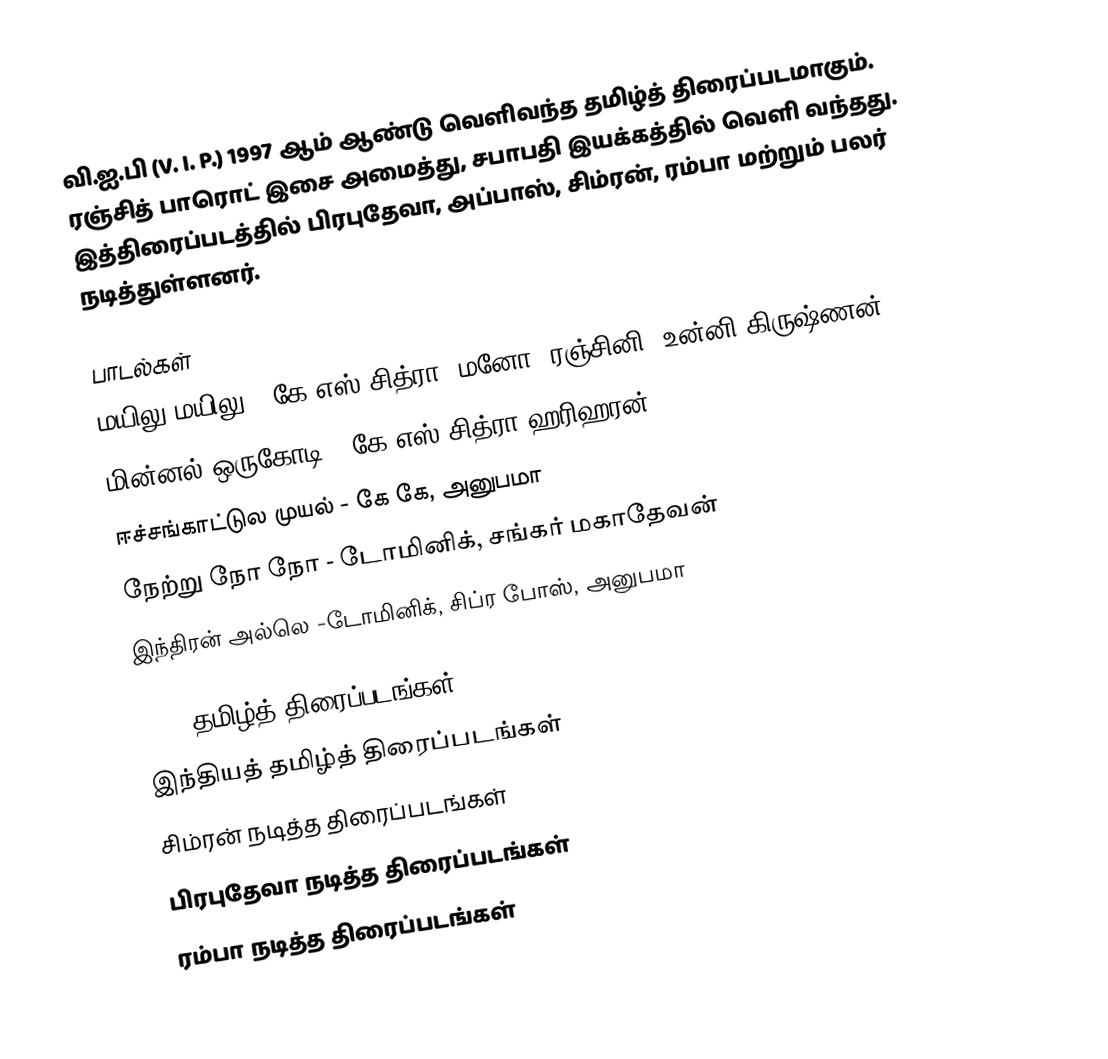
வி.ஐ.பி (V. I. P.) 1997 ஆம் ஆண்டு வெளிவந்த தமிழ்த் திரைப்படமாகும். ரஞ்சித் பாரொட் இசை அமைத்து, சபாபதி இயக்கத்தில் வெளி வந்தது. இத்திரைப்படத்தில் பிரபுதேவா, அப்பாஸ், சிம்ரன், ரம்பா மற்றும் பலர் நடித்துள்ளனர்.

பாடல்கள்
 மயிலு மயிலு - கே.எஸ் சித்ரா, மனோ, ரஞ்சினி, உன்னி கிருஷ்ணன்
 மின்னல் ஒருகோடி - கே.எஸ் சித்ரா,ஹரிஹரன்
 ஈச்சங்காட்டுல முயல் - கே கே, அனுபமா
 நேற்று நோ நோ - டோமினிக், சங்கர் மகாதேவன்
 இந்திரன் அல்லெ   -டோமினிக், சிப்ர போஸ், அனுபமா

1997 தமிழ்த் திரைப்படங்கள்
இந்தியத் தமிழ்த் திரைப்படங்கள்
சிம்ரன் நடித்த திரைப்படங்கள்
பிரபுதேவா நடித்த திரைப்படங்கள்
ரம்பா நடித்த திரைப்படங்கள்